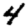
Digit: 4